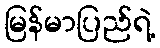
မြန်မာပြည်ရဲ့